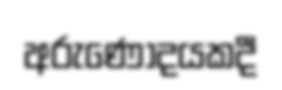
අරුණෝදයකදී